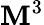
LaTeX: \mathbf{M}^{3}